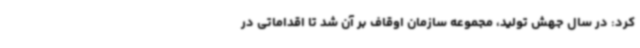
کرد: در سال جهش تولید، مجموعه سازمان اوقاف بر آن شد تا اقداماتی در